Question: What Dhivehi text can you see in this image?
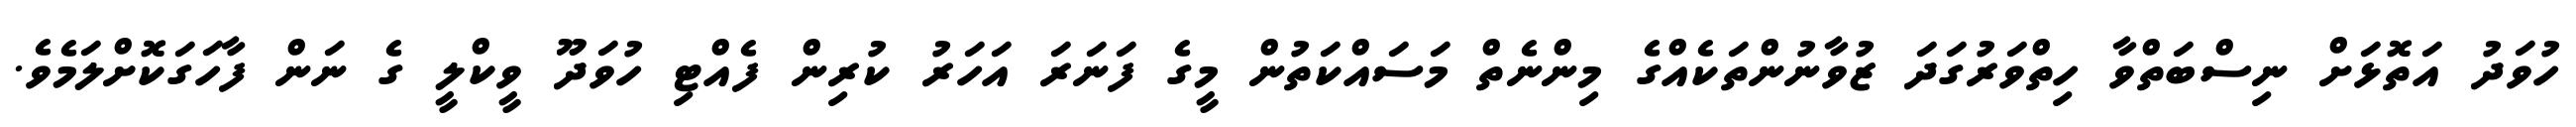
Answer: ހުވަދު އަތޮޅަށް ނިސްބަތްވާ ހިތްވަރުގަދަ ޒުވާނުންތަކެއްގެ މިންނެތް މަސައްކަތުން މީގެ ފަނަރަ އަހަރު ކުރިން ފެއްޓި ހުވަދޫ ވީކްލީ ގެ ނަން ފާހަގަކޮށްލަމެވެ.